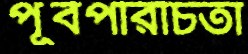
পূর্বপরিচিতা